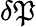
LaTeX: \delta\mathfrak{P}